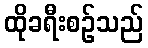
ထိုခရီးစဉ်သည်